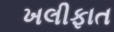
ખલીફાત